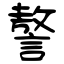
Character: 謷